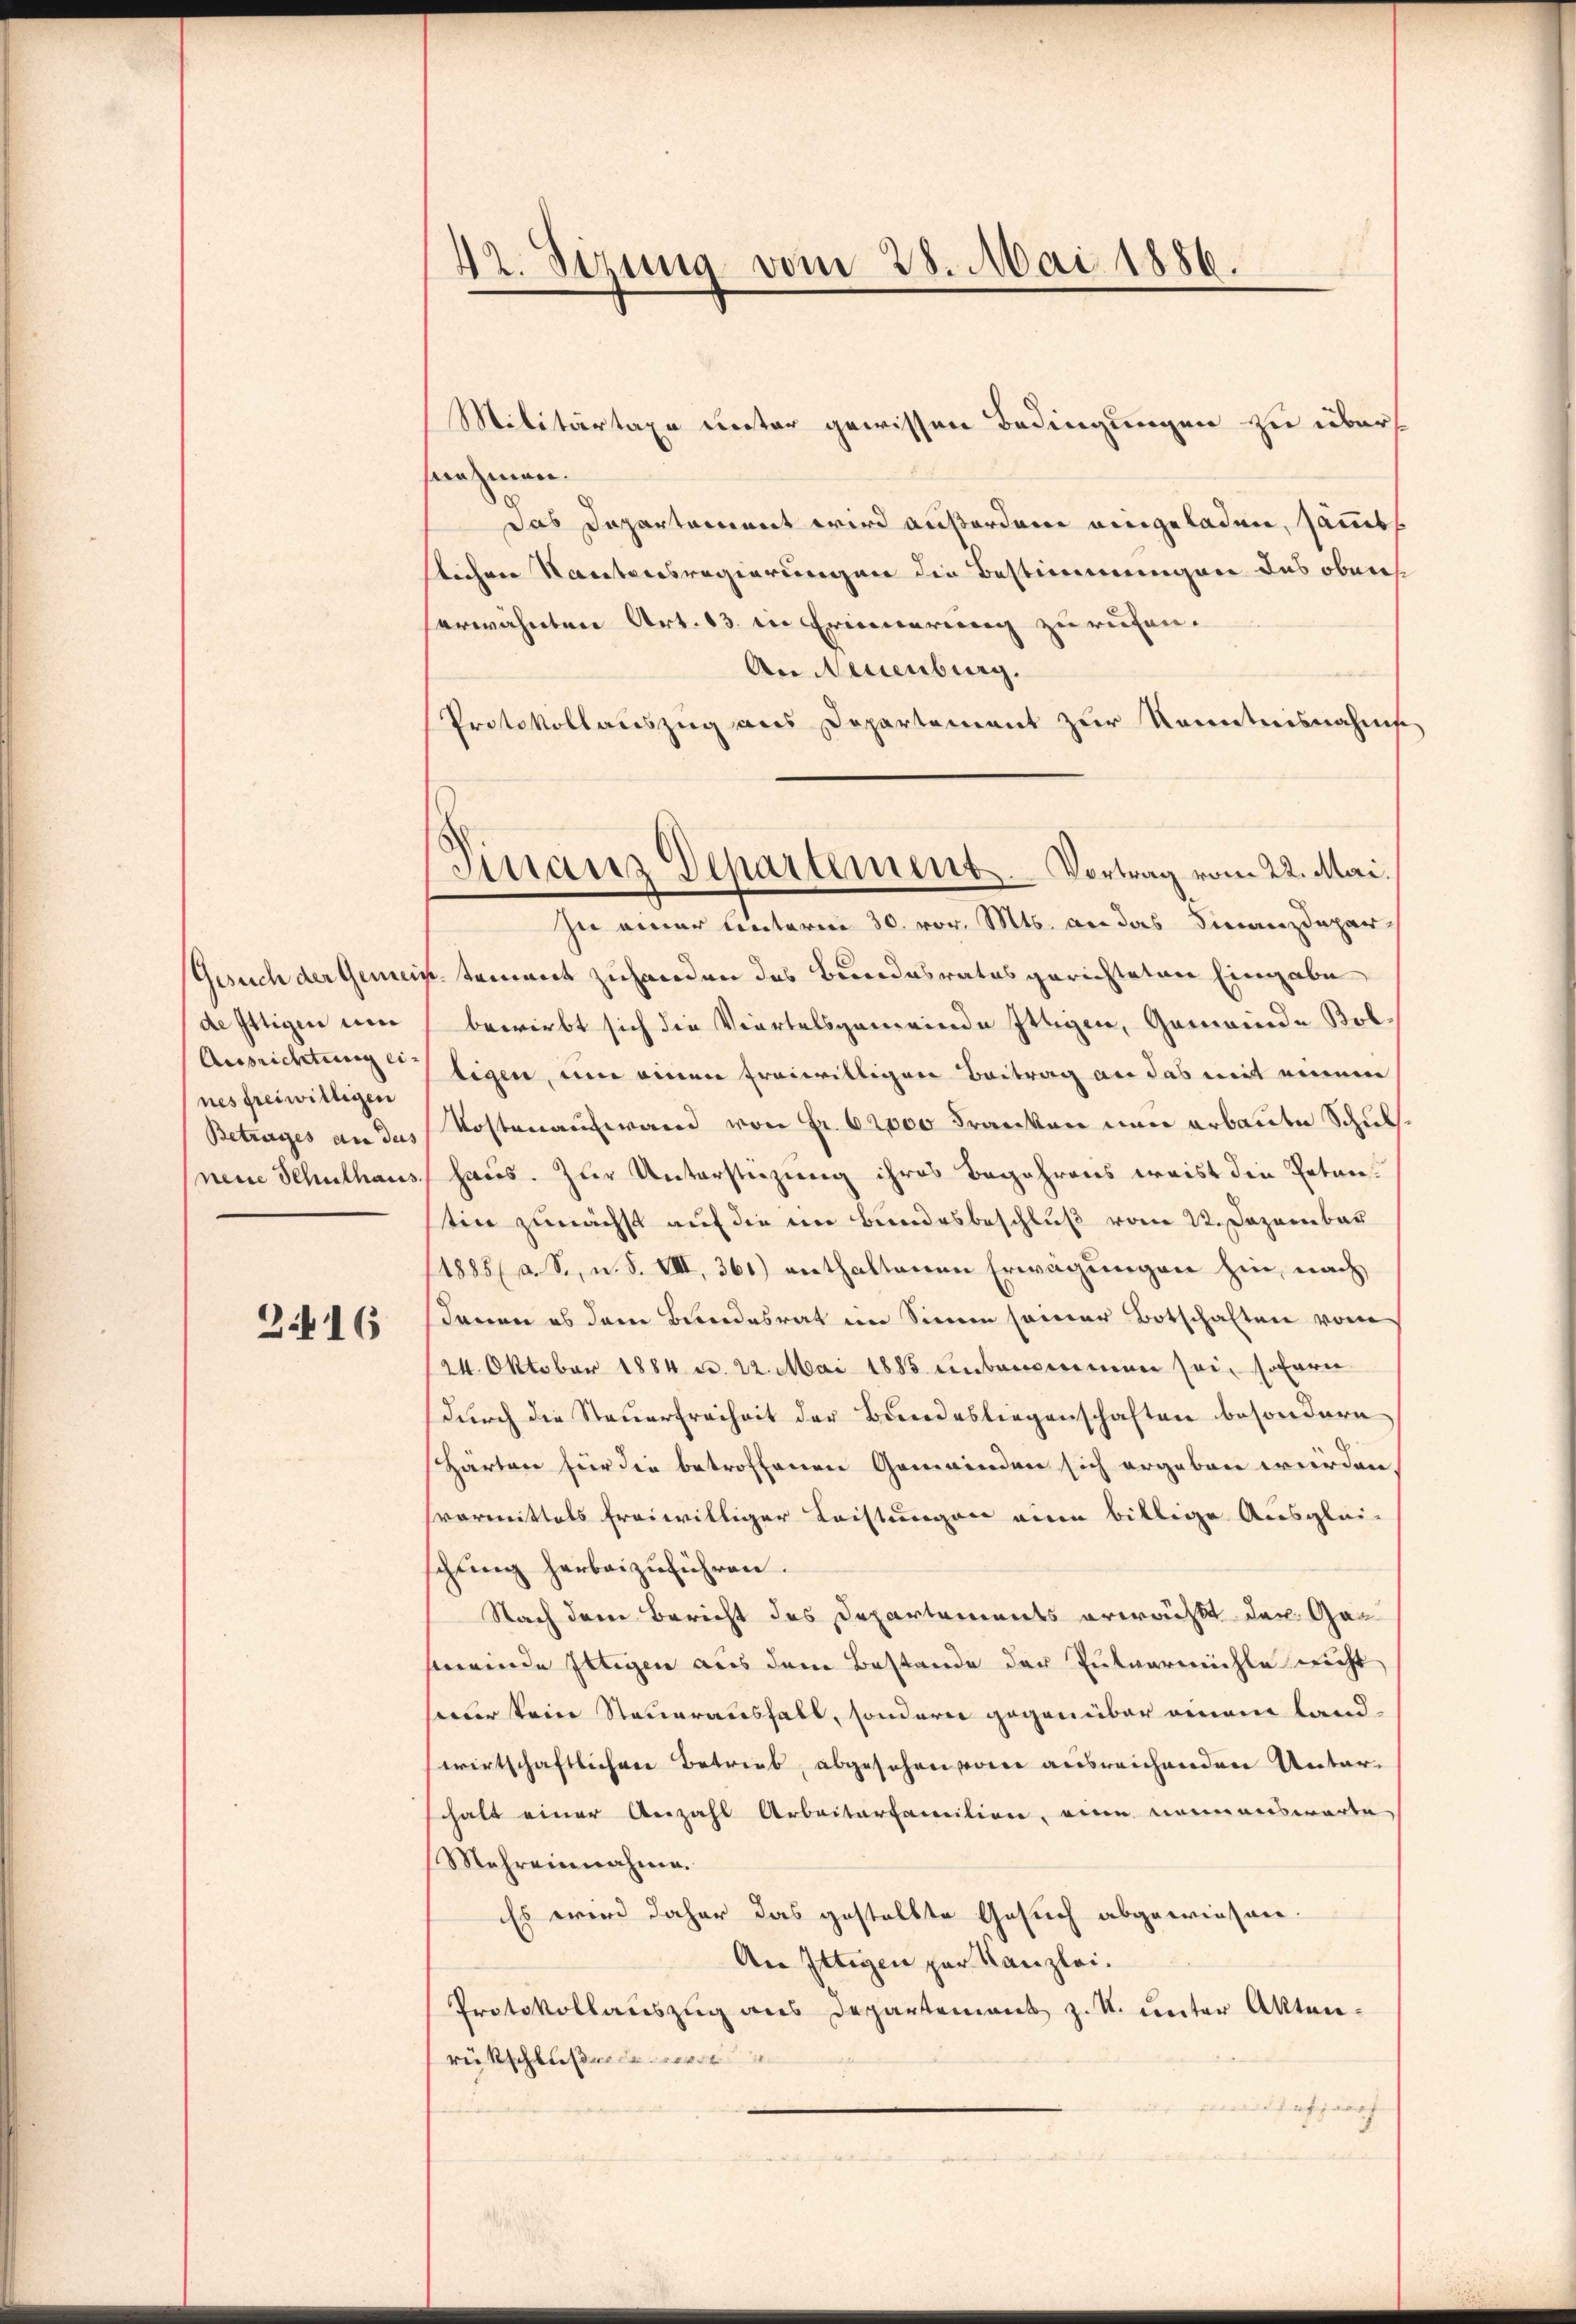
de Ittigen und
Ausrichtung eines freiwilligen
Betrages an des
neue Schulhaus.

3416

42. Sezung vom 28. Mai 1886.

snehmen.
das Departement wird außerden eingeladen, sämmtl
slichen Kantonsregierungen die Bestimmungen das obers
erwähnten Art. 13. in Erinnerung zu rufen.
An Neuenburg.
Protokollauszug aus Departement zur Kenntnisnahme
In einer Unterm 30. vor. Mts. an das Finanzdepar
Gesuch der Gemeintement zuhanden das Bundesrates gerichteten Eingabe
bewirbt sich die Viertelsgemeinde Ittigen, Gemeinde Bolligen, um einen freiwilligen Beitrag an das mit einem
Kostenaufwand von Fr. 62000 Franken nun erbaute Schul
haus. Zur Unterstüzung ihres Begehrens weist die Petenstin zunächst auf die im Bundesbeschluß vom 22. Dezember
1885/ a. S., n. F. VIII, 361) enthaltenen Erwägungen hin, nach
denen es dem Bundesrat im Sinne seiner Botschaften vom
24. Oktober 1884 u. 22. Mai 1885 unbenommen sei, sofern
dŭrch die Steuerfreiheit der Bundesliegenschaften besondern
Härten für die betroffenen Gemeinden sich ergeben werden.
svormittels freiwilliger Leistungen einen billige Ausglei-
schung herbeizuführen.
Nach dem Bericht des Departements erwächte der Gesmeinde Iltigen aus dem Bestande der Tutvermühle nicht
seder kein Steuerausfall, sondern gegenüber einem Landwirtschaftlicher Betrieb, abgesehen von ausreichenden Unterschaft einer Anzahl Arbeiterfamilien, eine nommenswarte
Mehreinnahme.
Es wird daher das gestellte Gesuch abgewiesen.
An Ittigen par Kanzlei.
Protokollauszug aus Departement z. R. unter Aktenrückschlußen wo
Anfparaf

Militärtaxe unter gewissen Bedingungen zu übers¬

Finanz Departement. Vortrag vom 22. Mai.